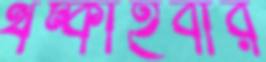
থম্‌কাইবার